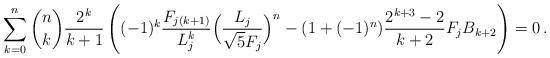
LaTeX: \begin{align*}\sum_{k=0}^n \binom{n}{k} \frac{2^k}{k+1} \left((-1)^k\frac{F_{j(k+1)}}{L^k_j}\Bigl( \frac{L_j}{\sqrt5F_j}\Bigr)^n - (1+(-1)^n) \frac{2^{k+3}-2}{k+2} F_j B_{k+2}\right)=0\,.\end{align*}